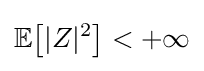
\mathbb {E} {\big [}|Z|^{2}{\big ]}<+\infty